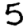
Digit: 5